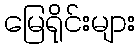
မြေရိုင်းများ